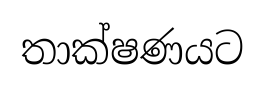
තාක්ෂණයට